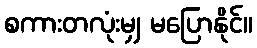
စကားတလုံးမျှ မပြောနိုင်။